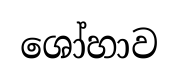
ශෝහාව